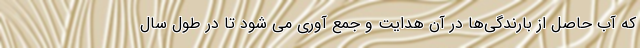
که آب حاصل از بارندگی‌ها در آن هدایت و جمع آوری می شود تا در طول سال